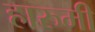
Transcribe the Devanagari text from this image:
हारुमी